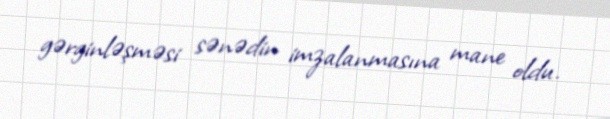
gərginləşməsi sənədin imzalanmasına mane oldu.